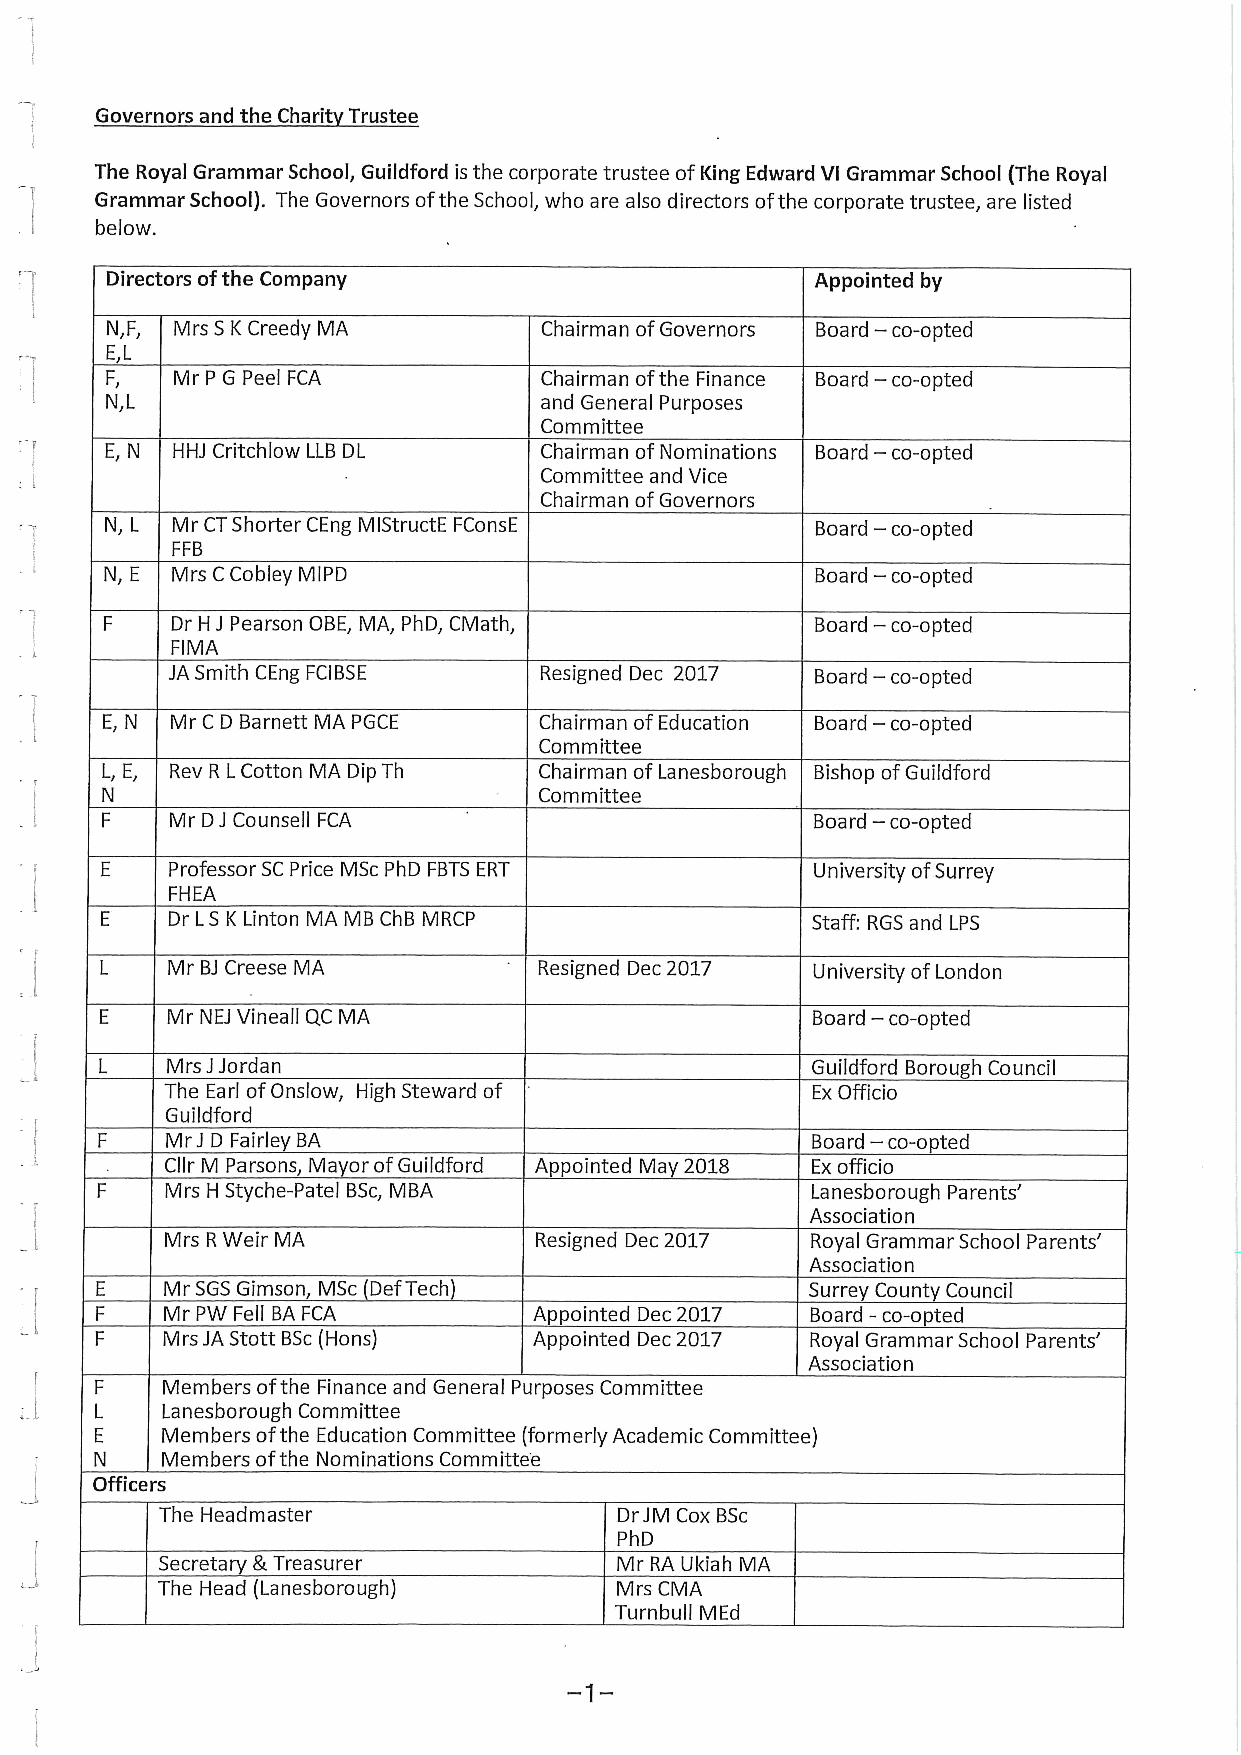
Governors and the Charit Trustee
 The Royal Grammar School, Guildford isthe corporate trustee ofKing Edward Vl Grammar School (The Royal
 Grammar School). The Governors ofthe School, who are also directors ofthe corporate trustee, are listed
 below.
 Directors ofthe Company                        Appointed by
 —
 N,F, Mrs SK Creedy MA        Chairman ofGovernors Board co-opted
 E,L
 —
 F,  Mr P G Peel FCA          Chairman ofthe Finance Board co-opted
 N,L                          and General Purposes
 Committee
 —
 E, N HHJ Critchlow LLBDL     Chairman ofNominations Board co-opted
 Committee and Vice
 Chairman ofGovernors
 N, L Mr CTShorter CEng MIStructE FConsE        Board — co-opted
 FFB
 —
 N, E Mrs CCobley MIPD                          Board co-opted
 —
 Dr H J Pearson OBE, MA, PhD, CMath,        Board co-opted
 FIMA
 JA Smith CEng FCIBSE     Resigned Dec 2017 Board — co-opted
 —
 E, N Mr C D Barnett MA PGCE  Chairman ofEducation Board co-opted
 Committee
 L, E, Rev R LCotton MA Dip Th Chairman ofLanesborough Bishop ofGuildford
 N                            Committee
 —
 Mr DJ Counsell FCA                         Board co-opted
 Professor SCPrice MSc PhD FBTSERT          University ofSurrey
 FHEA
 Dr LSK Linton MA MB ChB MRCP               Staff: RGS and LPS
 Mr BJCreese MA           Resigned Dec 2017 University ofLondon
 —
 Mr NEJ Vineall QC MA                       Board co-opted
 Mrs JJordan                                Guildford Borough Council
 The Earl ofOnslow, High Steward of         ExOfficio
 Guildford
 —
 Mr J D Fairley BA                          Board co-opted
 Cllr M Parsons, Mayor ofGuildford Appointed May 2018 Exofficio
 Mrs H Styche-Patel BSc,MBA                 Lanesborough Parents'
 Association
 Mrs RWeir MA            Resigned Dec 2017  Royal Grammar School Parents'
 Association
 Mr SGSGimson, MSc (DefTech)                Surrey Count Council
 Mr PW Fell BAFCA        Appointed Dec 2017 Board —co-o ted
 Mrs JA Stott BSc(Hons)  Appointed Dec 2017 Royal Grammar School Parents'
 Association
 Members ofthe Finance and General Purposes Committee
 Lanesborough Committee
 Members ofthe Education Committee (formerly Academic Committee)
 Members ofthe Nominations Committee
 Officers
 The Headmaster                DrJM Cox BSc
 PhD
 Secretary &.Treasurer          Mr RA Ukiah MA
 The Head (Lanesborough)        Mrs CMA
 Turnbull MEd